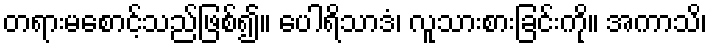
တရားမစောင့်သည်ဖြစ်၍။ ပေါရိသာဒံ၊ လူသားစားခြင်းကို။ အကာသိ၊